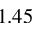
1 . 4 5